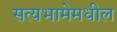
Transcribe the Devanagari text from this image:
सत्यभामेमधील